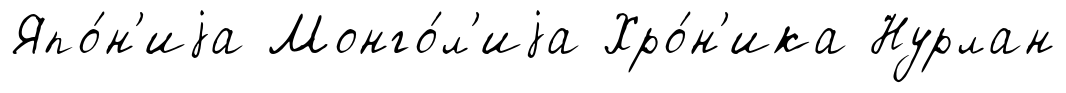
Япо́н'иjа Монго́л'иjа Хро́н'ика Нурлан